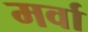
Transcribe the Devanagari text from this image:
मर्वा